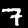
Label: 7